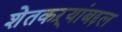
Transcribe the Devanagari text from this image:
शेतकऱ्यांबद्दल